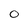
Character: o